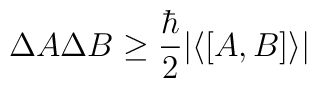
\Delta A \Delta B \ge \frac{\hbar}{2} \vert \langle [A,B] \rangle \vert